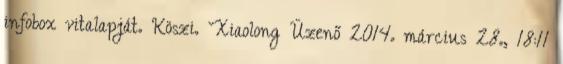
infobox vitalapját. Köszi. ˇXiaolong Üzenő 2014. március 28., 18:11